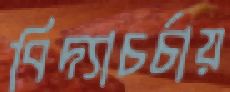
বিদ্যাচর্চায়